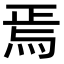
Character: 焉